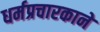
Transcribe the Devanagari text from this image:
धर्मप्रचारकाने